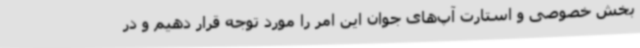
بخش خصوصی و استارت آپ‌های جوان این امر را مورد توجه قرار دهیم و در